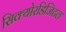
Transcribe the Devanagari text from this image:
सिक्योरडिजिटल